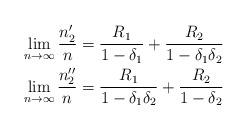
LaTeX: \begin{align*}\lim_{n\rightarrow\infty} \frac{n_2'}{n}&=\frac{R_1}{1-\delta_1}+\frac{R_2}{1-\delta_1\delta_2}\\\lim_{n\rightarrow\infty} \frac{n_2''}{n}&=\frac{R_1}{1-\delta_1\delta_2}+\frac{R_2}{1-\delta_2}\end{align*}